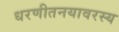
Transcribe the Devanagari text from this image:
धरणीतनयावरस्य